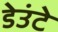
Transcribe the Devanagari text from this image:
डेउंटे